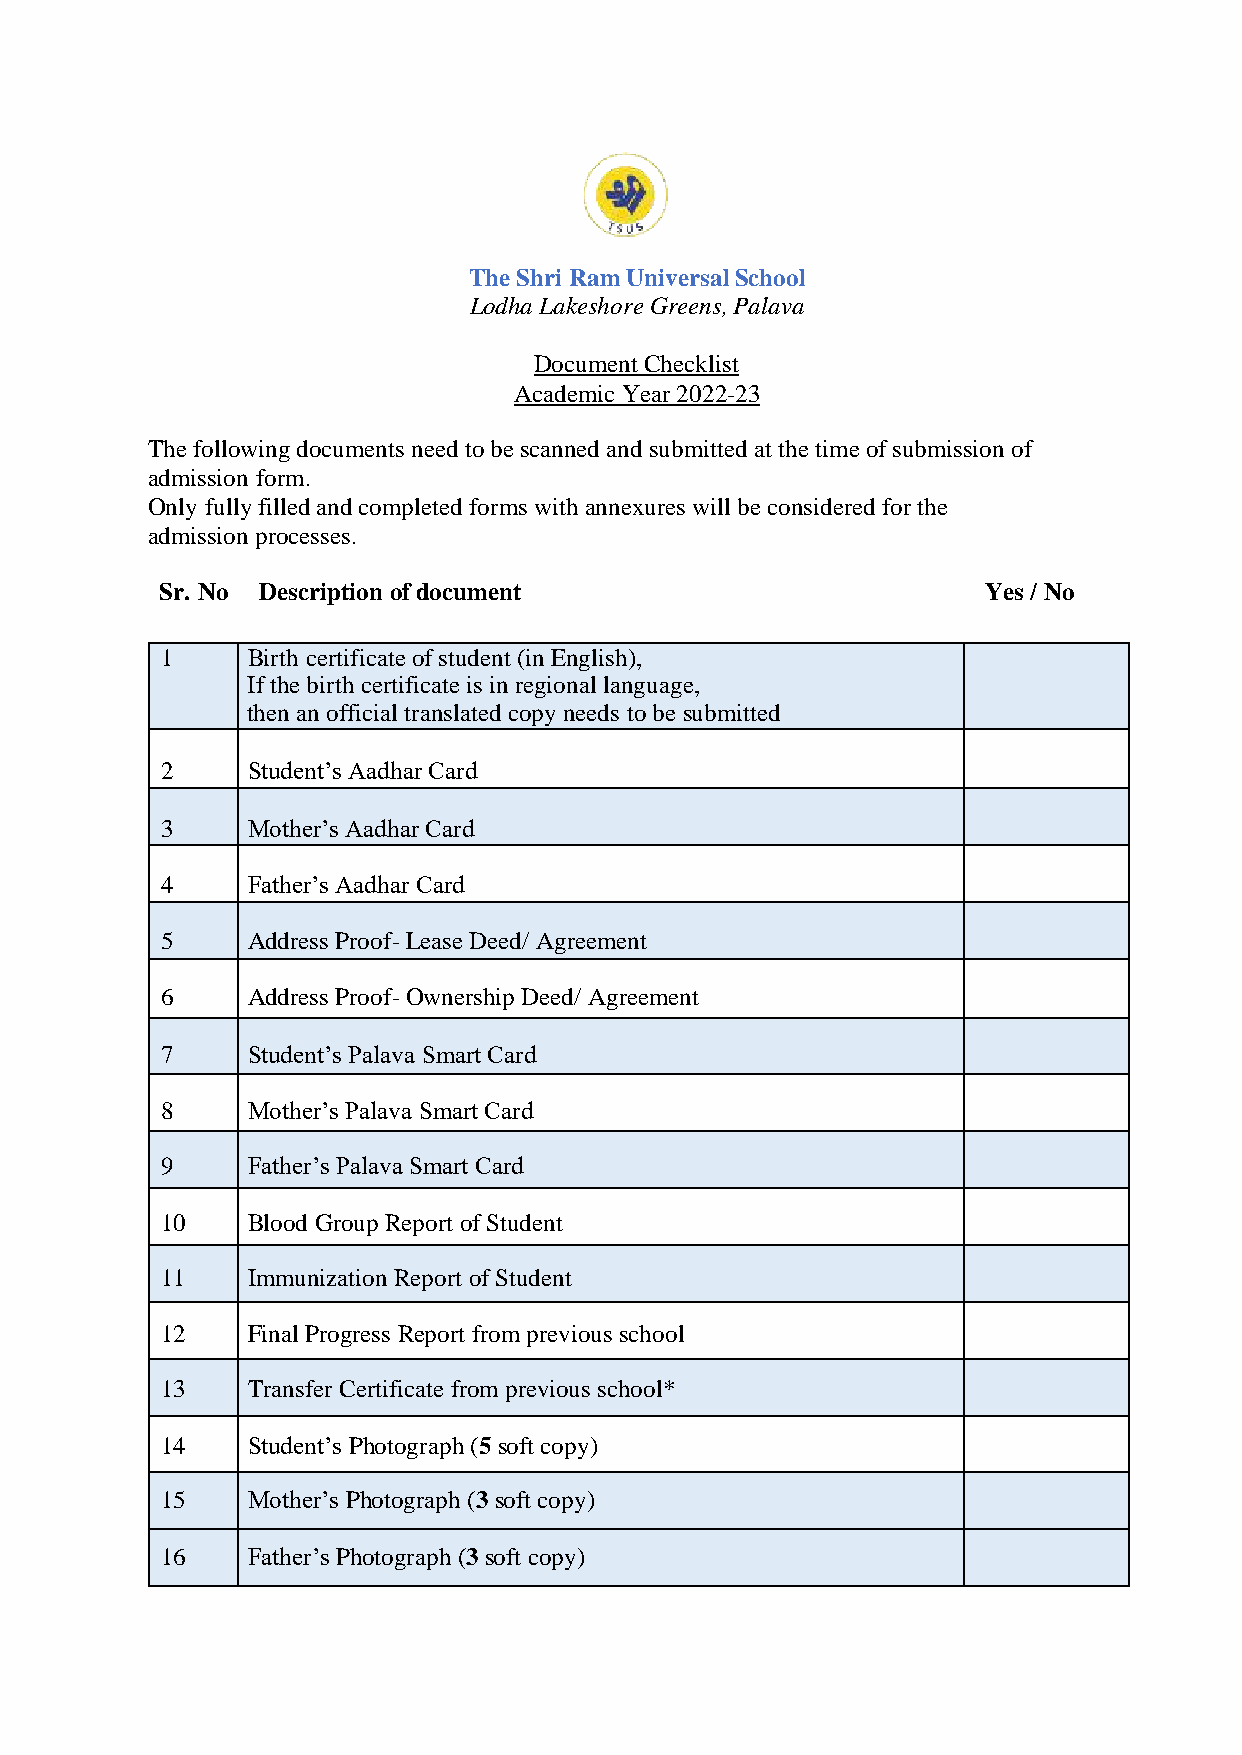
The Shri Ram Universal School
 Lodha Lakeshore Greens, Palava
 Document Checklist
 Academic Year 2022-23
 The following documents need to be scanned and submitted at the time of submission of
 admission form.
 Only fully filled and completed forms with annexures will be considered for the
 admission processes.
 Sr. No Description of document                        Yes / No
 1    Birth certificate of student (in English),
 If the birth certificate is in regional language,
 then an official translated copy needs to be submitted
 2    Student’s Aadhar Card
 3    Mother’s Aadhar Card
 4    Father’s Aadhar Card
 5    Address Proof- Lease Deed/ Agreement
 6    Address Proof- Ownership Deed/ Agreement
 7    Student’s Palava Smart Card
 8    Mother’s Palava Smart Card
 9    Father’s Palava Smart Card
 10   Blood Group Report of Student
 11   Immunization Report of Student
 12   Final Progress Report from previous school
 13   Transfer Certificate from previous school*
 14   Student’s Photograph (5 soft copy)
 15   Mother’s Photograph (3 soft copy)
 16   Father’s Photograph (3 soft copy)